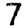
Digit: 7